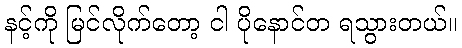
နင့်ကို မြင်လိုက်တော့ ငါ ပိုနောင်တ ရသွားတယ်။